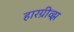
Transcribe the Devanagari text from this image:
हारग्रीव्झ